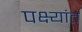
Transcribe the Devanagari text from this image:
पक्ष्यांत